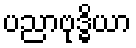
ပညာဗုဒ္ဓိယာ